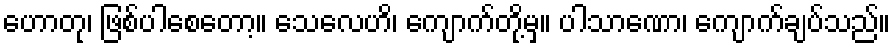
ဟောတု၊ ဖြစ်ပါစေတော့။ သေလေဟိ၊ ကျောက်တို့မှ။ ပါသာဏော၊ ကျောက်ချပ်သည်။